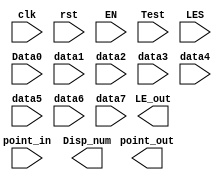
`timescale 1ns / 1ps
//////////////////////////////////////////////////////////////////////////////////
// Company: 
// Engineer: 
// 
// Design Name: 
// Module Name:    Output_2_Disp 
// Project Name: 
// Target Devices: 
// Tool versions: 
// Description: 
//
// Dependencies: 
//
// Revision: 
// Revision 0.01 - File Created
// Additional Comments: 
//
//////////////////////////////////////////////////////////////////////////////////
module 		Multi_8CH32(input clk,
								input rst,
								input EN,								//Write EN
								input[2:0]Test,						//ALU&Clock,SW[7:5]	
								input[63:0]point_in,					//88
								input[63:0]LES,					//88
								input[31:0] Data0,					//disp_cpudata
								input[31:0] data1,
								input[31:0] data2,
								input[31:0] data3,
								input[31:0] data4,
								input[31:0] data5,
								input[31:0] data6,
								input[31:0] data7,
								output [7:0] point_out,
								output [7:0] LE_out,
								output [31:0]Disp_num
								);
									
	
endmodule